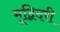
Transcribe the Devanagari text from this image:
मूद्बिदरी